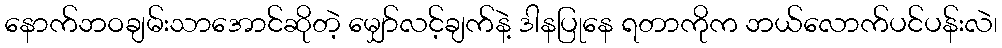
နောက်ဘဝချမ်းသာအောင်ဆိုတဲ့ မျှော်လင့်ချက်နဲ့ ဒါနပြုနေ ရတာကိုက ဘယ်လောက်ပင်ပန်းလဲ၊